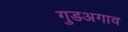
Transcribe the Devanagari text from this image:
गुडअगाव